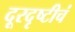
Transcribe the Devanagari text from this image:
दूरदृष्टीचं